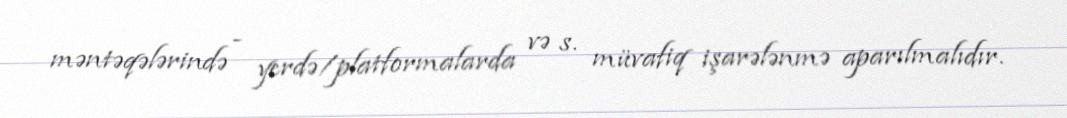
məntəqələrində - yerdə/platformalarda və s. müvafiq işarələnmə aparılmalıdır.